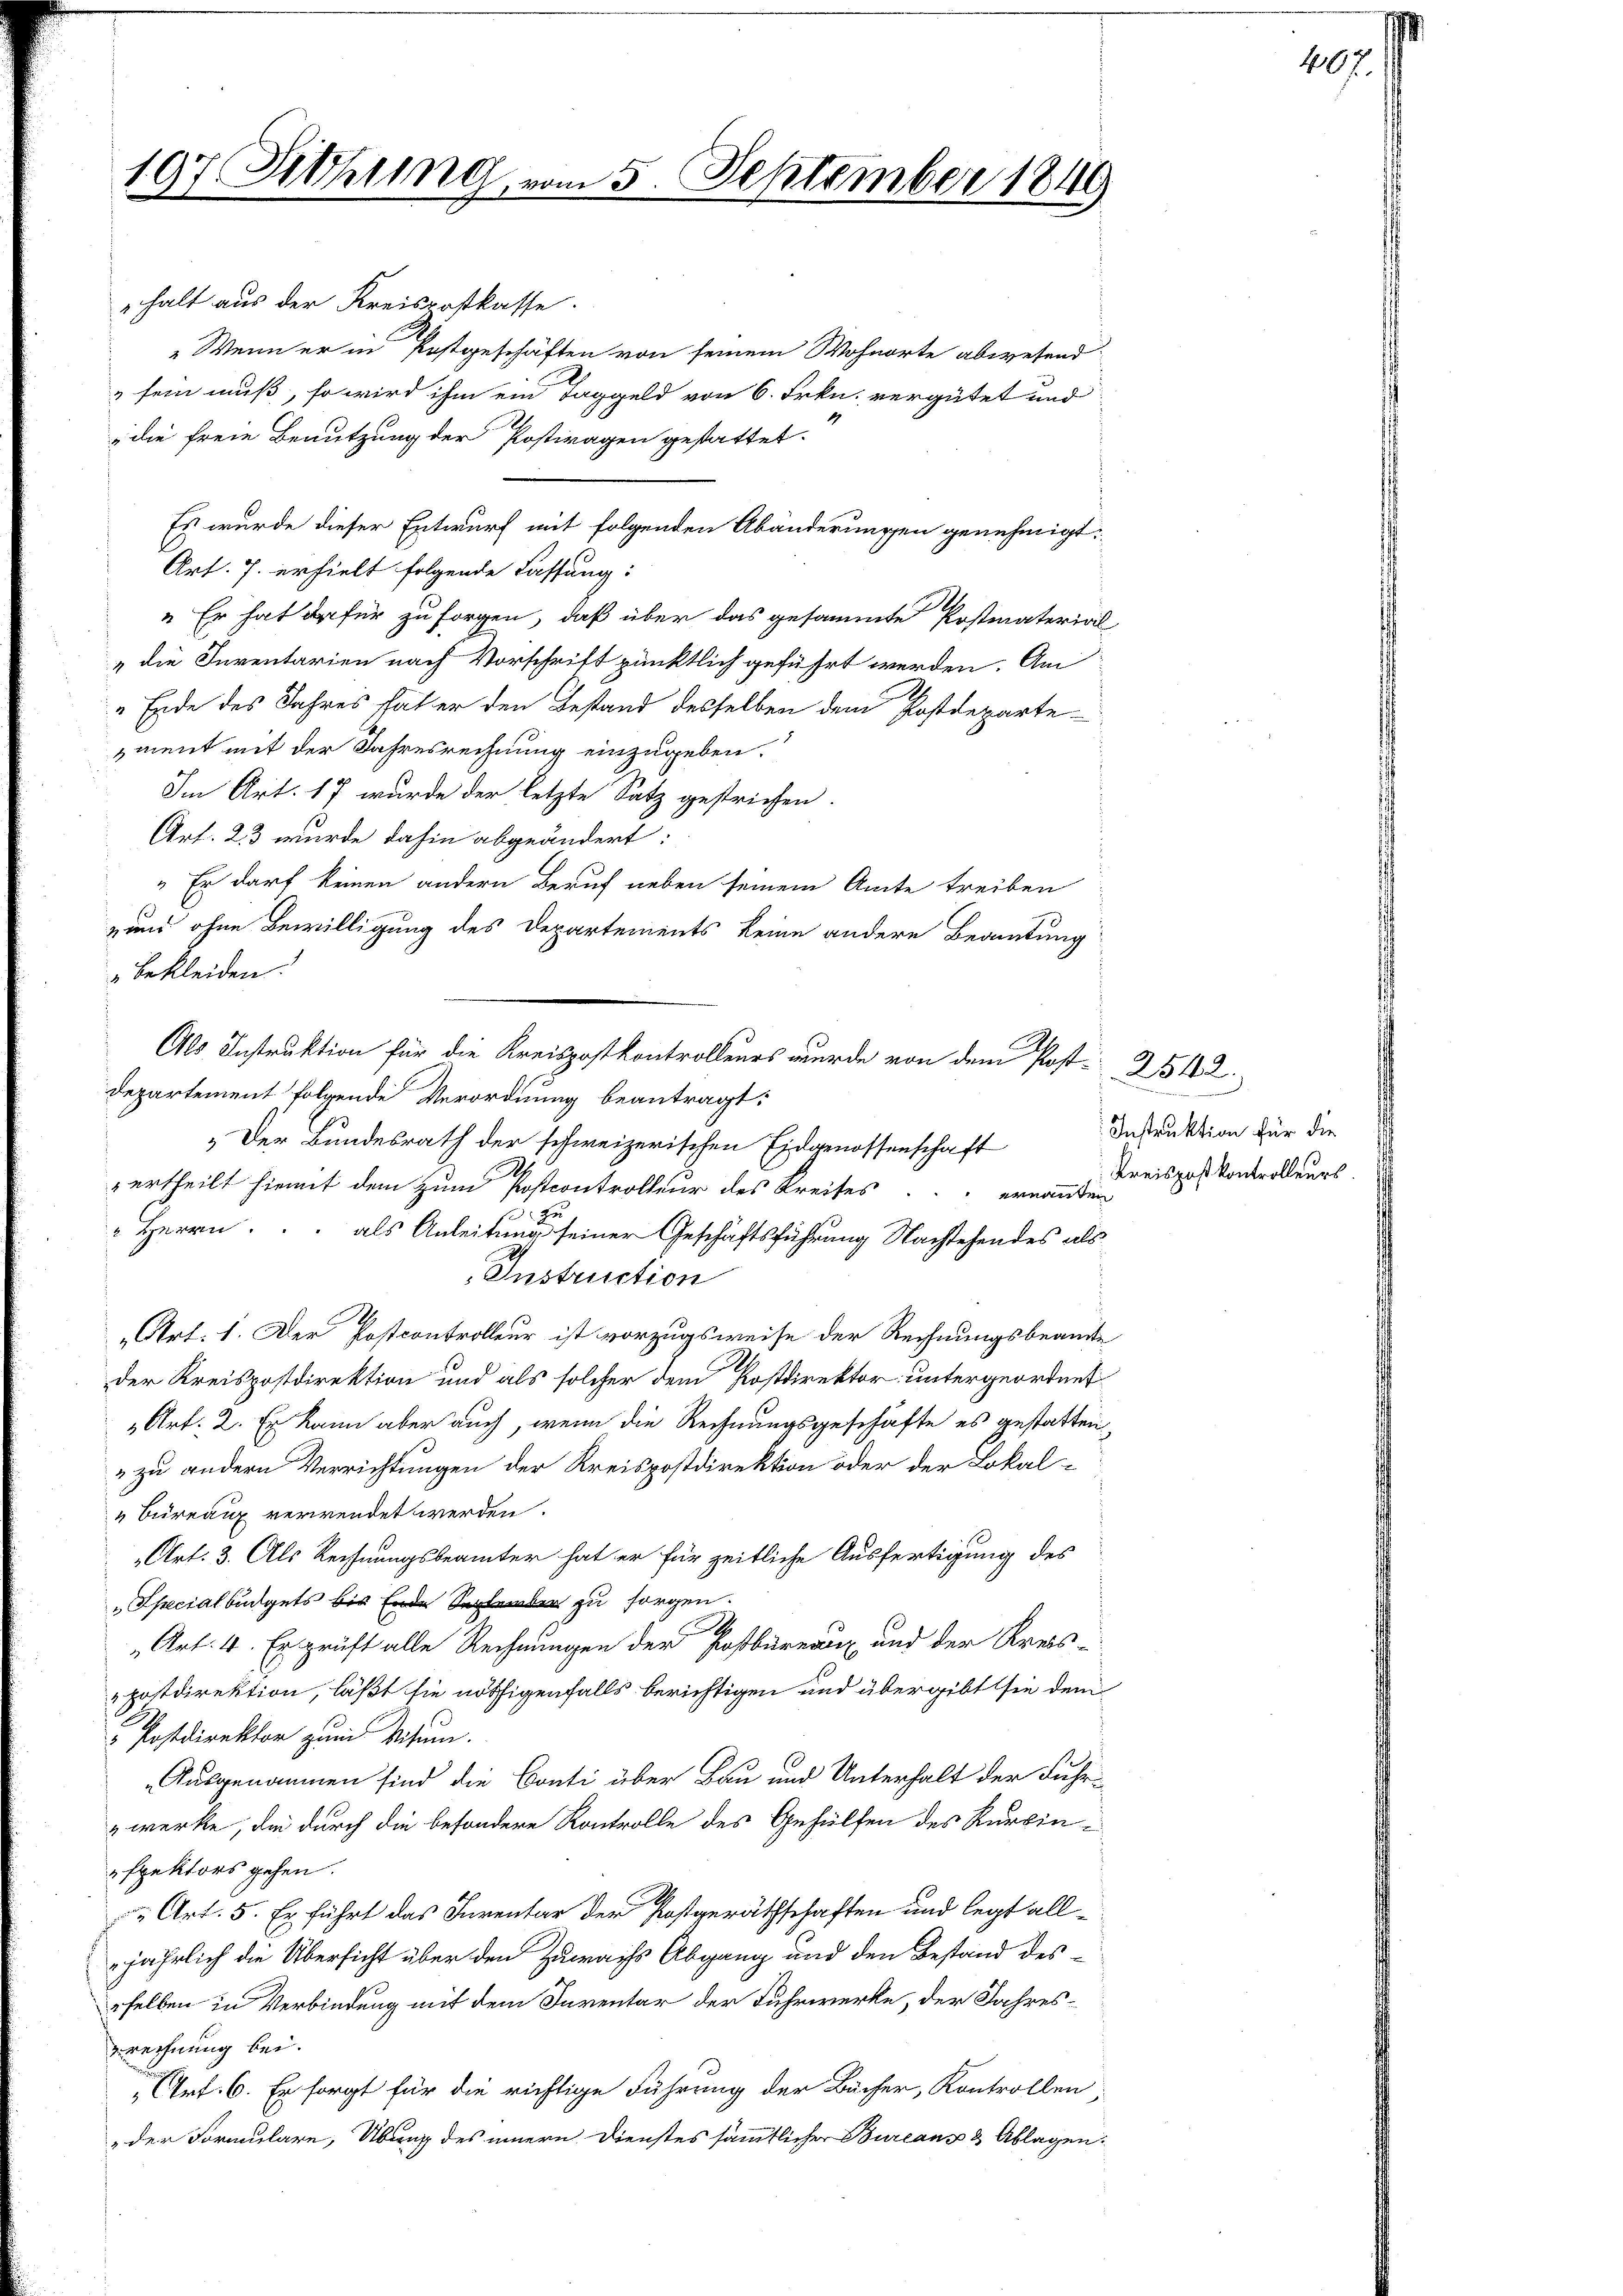
197. Sitzung

halt aus der Kreispostkasse.
" Wenn er in Postgeschäften von seinem Wohnorte abwesend:
 sein muß, so wird ihm ein Taggeld von 6. Frkn. vergütet und
die freie Benutzung der Postragen gestattet.
Es wurde dieser Entwurf mit folgenden Abänderungen genehmigt.
Art. 7. erhielt folgende Fassung:
" Er hat dafür zu sorgen, daß über das gesammte Postmaterial-
„die Inventarien nach Vorschrift pünktlich geführt werden. Am
„Ende des Jahres hat er den Bestand desselben dem Postdepartezment mit der Jahresrechnung einzugeben.
Im Art. 17 wurde der letzte Satz gestrichen.
Art. 23 wurde dahin abgeändert:
„ Er darf keinen andern Beruf neben seinem Amte treiben
nund ohne Bewilligung des Departements keine andere Beamtung
" bekleiden.
Departement folgende Verordnung beantragt:
„Der Bundesrath der schweizerischen Eidgenossenschaft
urtheilt hiemit dem zum Postcontrolleur des Kreises ernannten
 Herrn.
als Anleitung seiner Geschäftsführung Nachstehendes als
Instruction
„Art. 1. Der Postcontrolleur ist vorzugsweise der Rechnungsbeamte
der Kreispostdirektion und als solcher dem Postdirektor untergeordnet
 Art: 2. Er kann aber auch, wenn die Rechnungsgeschäfte es gestatten,
„zu andern Verrichtungen der Kreispostdirektion oder der Lokal-
"Bureaux verwendet werden.
Art: 3. Als Rechnungsbeamter hat er für zeitliche Ausfertigung des
„Specialbüdgets bis Ende Septer zu sorgen.
S
„Art: 4. Erprüft alle Rechnungen der Postbüreaux und der Kreis-
postdirektion, läßt sie nöthigenfalls berichtigen und übergibt sie den
Postdirektor zum Visum.
Ausgenommen sind die Conti über Bau und Unterhalt der Fuhr-
werke, die durch die besondere Kontrolle des Gehülfen des Kurzinspektors gehen.
 Art. 5. Er führt das Inventar der Postgeräthschaften und legt alljährlich die Übersicht über den Zuwachs Abgang und den Bestand desrselben in Verbindung mit dem Inventar der Fuhrwerke, der Jahreszrechnung bei.
Art. 6. Er sorgt für die richtige Führung der Bücher, Kontrollen,
der Formulare, Übung des innern Dienstes sämmtlicher Bureaus & Ablagen:

2

5. September 1849

Als Instruktion für die Kreispostkontrolleurs wurde von dem Post- 2512.

i

Instruktion für die
Kreispostkontrolleurs.

407